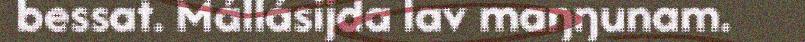
bessat. Mállásijda lav maŋŋunam.